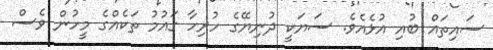
ސައިތައް ބުއި އުޅެއެވެ. ސަޔަކީ ދުނިޔޭގެ ހުރިހާ ގައުމު ތަކެއްގެ މީހުން ވެސް